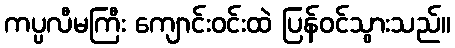
ကပ္ပလီမကြီး ကျောင်းဝင်းထဲ ပြန်ဝင်သွားသည်။